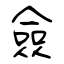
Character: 僉